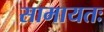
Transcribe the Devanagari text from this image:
सामायतः